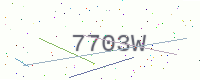
Text: 7703W